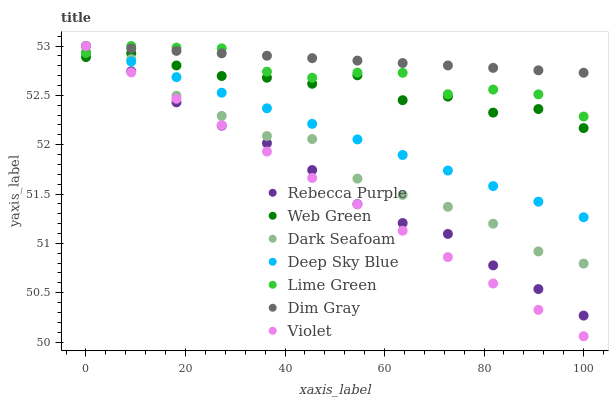
| xaxis_label | Rebecca Purple | Web Green | Dark Seafoam | Deep Sky Blue | Lime Green | Dim Gray | Violet |
 | --- | --- | --- | --- | --- | --- | --- | --- |
 | 0 | 52.9 | 52.9 | 53 | 53 | 52.9 | 53 | 53 |
 | 9.09 | 52.7 | 52.9 | 52.9 | 52.8 | 53 | 53 | 52.7 |
 | 18.2 | 52.4 | 52.8 | 52.5 | 52.7 | 53 | 53 | 52.5 |
 | 27.3 | 52.2 | 52.7 | 52.3 | 52.5 | 53 | 52.9 | 52.2 |
 | 36.4 | 52 | 52.7 | 52.1 | 52.4 | 52.7 | 52.9 | 51.9 |
 | 45.5 | 51.7 | 52.6 | 52.1 | 52.2 | 52.7 | 52.9 | 51.7 |
 | 54.5 | 51.4 | 52.7 | 51.7 | 52.1 | 52.7 | 52.9 | 51.4 |
 | 63.6 | 51.2 | 52.5 | 51.5 | 51.9 | 52.7 | 52.8 | 51.1 |
 | 72.7 | 51.1 | 52.5 | 51.4 | 51.7 | 52.5 | 52.8 | 50.9 |
 | 81.8 | 50.8 | 52.3 | 51.2 | 51.6 | 52.6 | 52.8 | 50.6 |
 | 90.9 | 50.5 | 52.4 | 50.9 | 51.4 | 52.5 | 52.8 | 50.3 |
 | 100 | 50.3 | 52.2 | 50.8 | 51.3 | 52.3 | 52.7 | 50.1 |